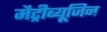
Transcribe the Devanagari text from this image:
मैट्रीब्यूजिन